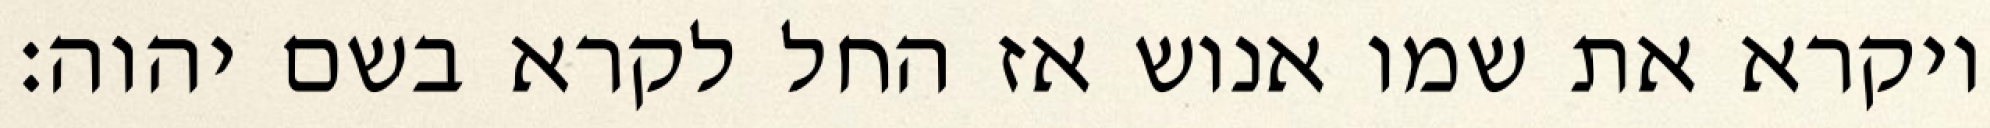
ויקרא את שמו אנוש אז החל לקרא בשם יהוה׃